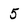
Character: 5